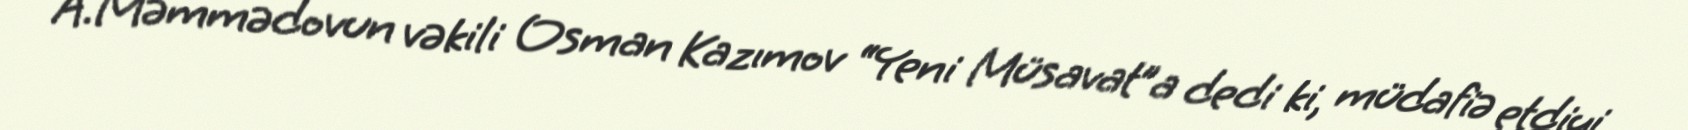
A.Məmmədovun vəkili Osman Kazımov “Yeni Müsavat”a dedi ki, müdafiə etdiyi